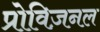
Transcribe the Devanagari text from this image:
प्रोविज़नल